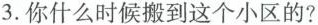
3.你什么时候搬到这个小区的?